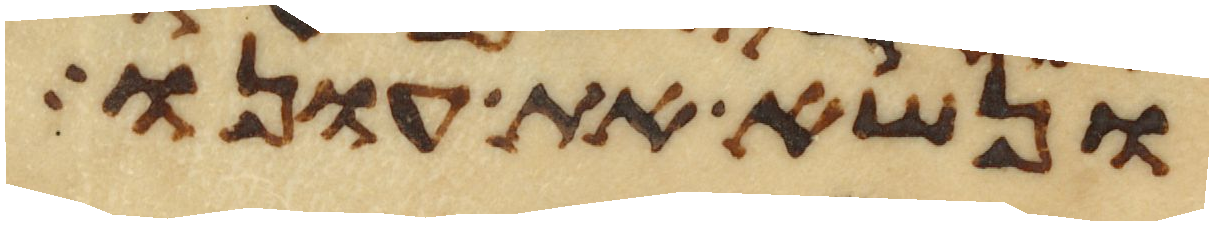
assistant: ונשא את עונו